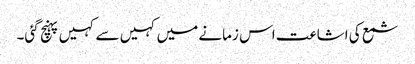
شمع کی اشاعت اس زمانے میں کہیں سے کہیں پہنچ گئی۔